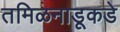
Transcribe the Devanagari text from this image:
तमिळनाडूकडे